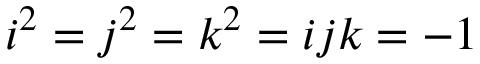
i ^ { 2 } = j ^ { 2 } = k ^ { 2 } = i j k = - 1